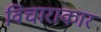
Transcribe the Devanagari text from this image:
विचाराकार